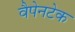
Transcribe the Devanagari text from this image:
वैपेनटेक